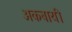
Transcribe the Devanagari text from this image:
अकबायी